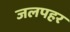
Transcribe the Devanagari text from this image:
जलपहर